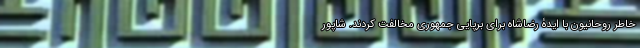
خاطر روحانیون با ایدۀ رضاشاه برای برپایی جمهوری مخالفت کردند. شاپور